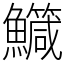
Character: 鱵